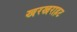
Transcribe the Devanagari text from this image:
खरखराहट